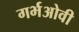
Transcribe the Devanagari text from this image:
गर्भओवी